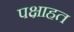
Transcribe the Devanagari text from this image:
पक्षाहत